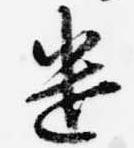
遣